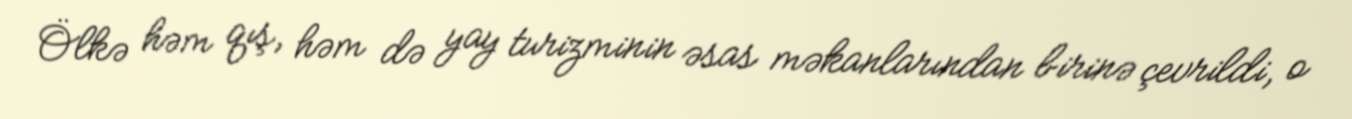
Ölkə həm qış, həm də yay turizminin əsas məkanlarından birinə çevrildi, o